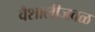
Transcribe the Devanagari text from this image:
वैशालीजवळ